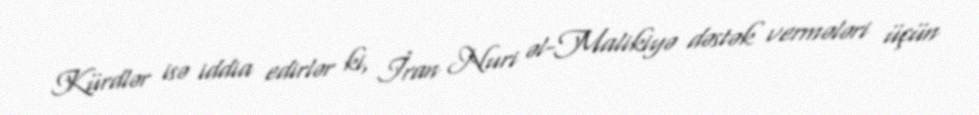
Kürdlər isə iddia edirlər ki, İran Nuri əl-Malikiyə dəstək vermələri üçün